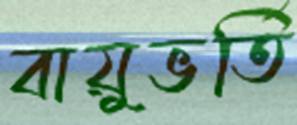
বায়ুভর্তি